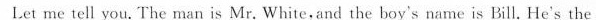
Let me tell you. The man is Mr. White,and the boy's name is Bill. He's the